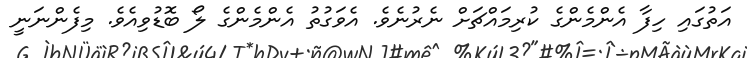
އަތުގައި ހިފާ އެންމެންގެ ކުރިމައްޗަށް ނެރުނެވެ. އެވަގުތު އެންމެންގެ ލޯ ބޮޑުވިއެވެ. މިފެންނަނީ